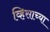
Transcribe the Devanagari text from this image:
व्हिसाच्या